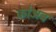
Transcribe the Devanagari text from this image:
कोअब